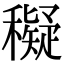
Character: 𥣖